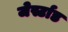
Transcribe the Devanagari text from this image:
जेर्स्टाड